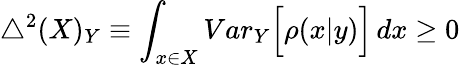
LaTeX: \bigtriangleup^{2}(X)_{Y}\equiv\int_{x\in X}{Var}_{Y}\Big[\rho(x|y)\Big]\, dx\geq 0